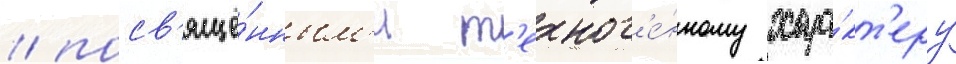
/ посв'ящё́нным'и т'ехног'е́нному хара́кт'еру